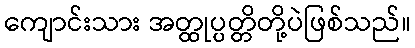
ကျောင်းသား အတ္ထုပ္ပတ္တိတို့ပဲဖြစ်သည်။